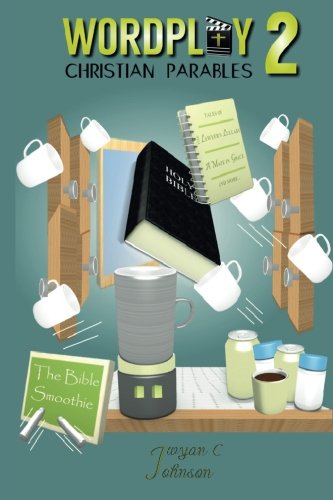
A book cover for Christian Parables 2 (Volume 2); Jwyan C. Johnson; Christian Books & Bibles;